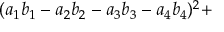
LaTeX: ( a _ { 1 } b _ { 1 } - a _ { 2 } b _ { 2 } - a _ { 3 } b _ { 3 } - a _ { 4 } b _ { 4 } ) ^ { 2 } +